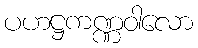
ပဟဋ္ဌကဏ္ဏဝါလော